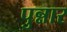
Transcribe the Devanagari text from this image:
पुन्नार